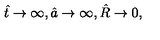
\hat { t } \to \infty , \hat { a } \to \infty , \hat { R } \to 0 ,